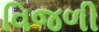
વિજળી